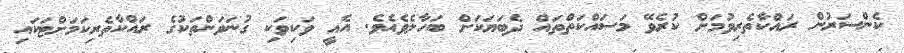
ކެންސަރުން ރައްކާތެރިވުމަށް ކުރެވޭ މަސައްކަތްތައް ދެބަޔަކަށް ބަހާލެވެއެވެ. އެއީ ވަކިވަކި ގުނަވަންތަކުގެ ރައްކާތެރިކަމަށްޓަކައި